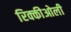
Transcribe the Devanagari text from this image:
रिक्कीओली